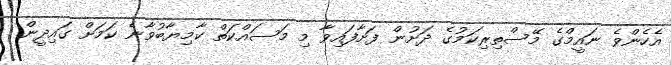
އެހެންވެ ނައީމްގެ މޭސްތިރިކަމުގެ ދަށުން ފަށާފައިވާ މި މަސައްކަތް ކާމިޔާބުވާނެ ކަމަށް ގައިދީން